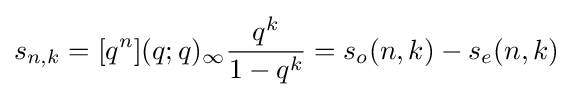
s_{n,k}=[q^{n}](q;q)_{\infty }{\frac {q^{k}}{1-q^{k}}}=s_{o}(n,k)-s_{e}(n,k)